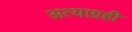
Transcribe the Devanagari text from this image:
अत्याग्रही